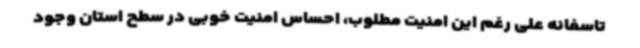
تاسفانه علی رغم این امنیت مطلوب، احساس امنیت خوبی در سطح استان وجود